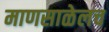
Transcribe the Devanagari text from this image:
माणसाळेलच